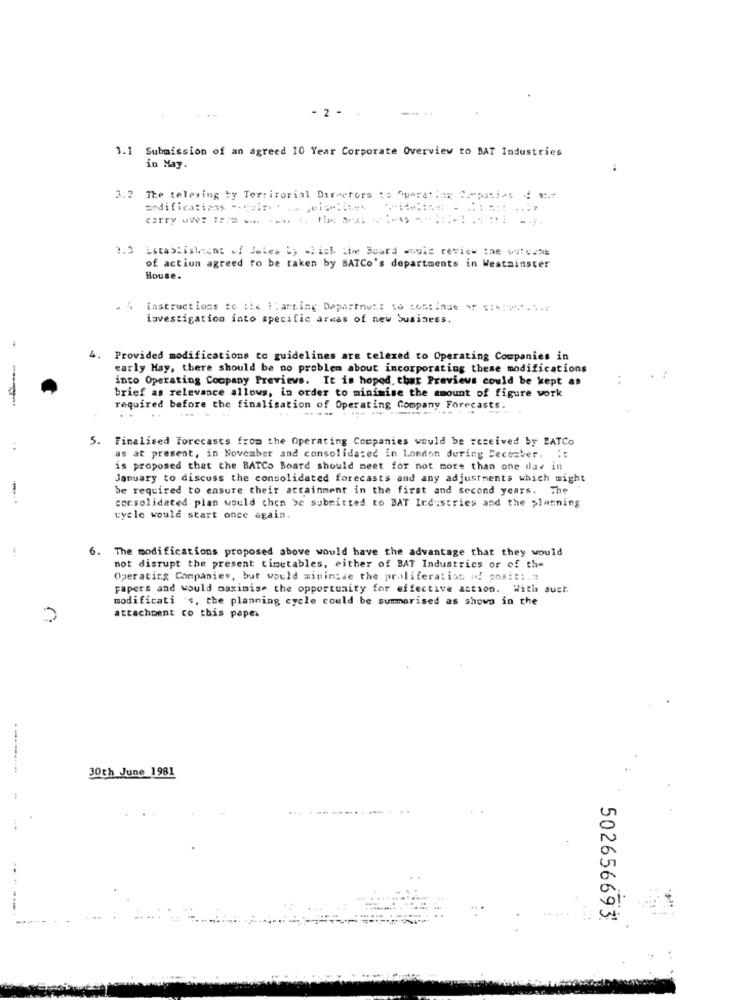
- 2 -
3.1 Submission of an agreed 10 Year Corporate Overview to BAT Industries
in May.
3.2 The telexing by Territorial Directors to Operating 22patios 4 .
modificatipas -- c:
CZTTY .: :... .... ..... ..
1.3 Establishment of Jeles by which itoe Board wovic review the wuteams
of action agreed to be taken by SATCo's departments in Westminster
House.
instructions to :te il anting Deparmi: 16 continue * ****...
investigation into specific areas of new business.
Provided modifications to guidelines are telexed to Operating Companies in
early Hay, there should be no problem about incorporating these modifications
into Operating Company Previews. It is hoped that Previews could be kept as
brief as relevance allows, in order to minimise the amount of figure work
required before the finalisation of Operating Company Forecasts.
......
5. Finalised Forecasts from the Operating Companies would be received by BATCo
as at present, in November and consolidated in London during December. ::
is proposed that the BATCo Board should meet for not more than one day in
January to discuss the consolidated forecasts and any adjustments which might
be required to ensure their attainment in the first and second years. The
consolidated plan would chen Se submitted to BAT Industries and the planning
cycle would start once again.
6. The modifications proposed above would have the advantage that they would
not disrupt the present timetables, either of BAT Industries or of the
Operating Companies, but would minimise the proliferation n! posit: . #
papers and would maximise the opportunity for effective action. With such
modificati s, the planning cycle could be summarised as shown in the
attachment co this paper
30th June 1981
502656693